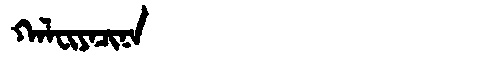
Manchu: ᡴᠠᠯᠸᡳᠶᠠᠴᡳᠨᠠ
Romanization: KALFIYACINA